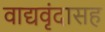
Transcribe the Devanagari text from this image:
वाद्यवृंदासह